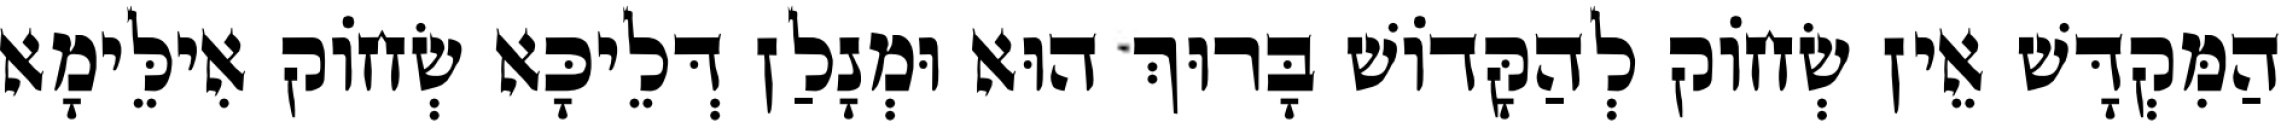
הַמִּקְדָּשׁ אֵין שְׂחוֹק לְהַקָּדוֹשׁ בָּרוּךְ הוּא וּמְנָלַן דְּלֵיכָּא שְׂחוֹק אִילֵּימָא